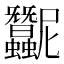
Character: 𧖛